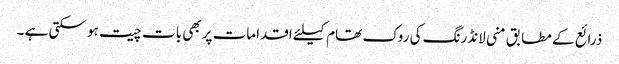
ذرائع کے مطابق منی لانڈرنگ کی روک تھام کیلئے اقدامات پربھی بات چیت ہو سکتی ہے ۔